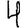
Digit: 4